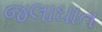
જલાઘાત